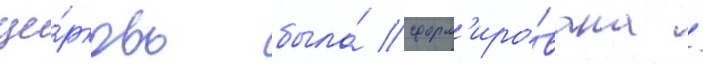
це́рковь была́ сформ'иро́вана /